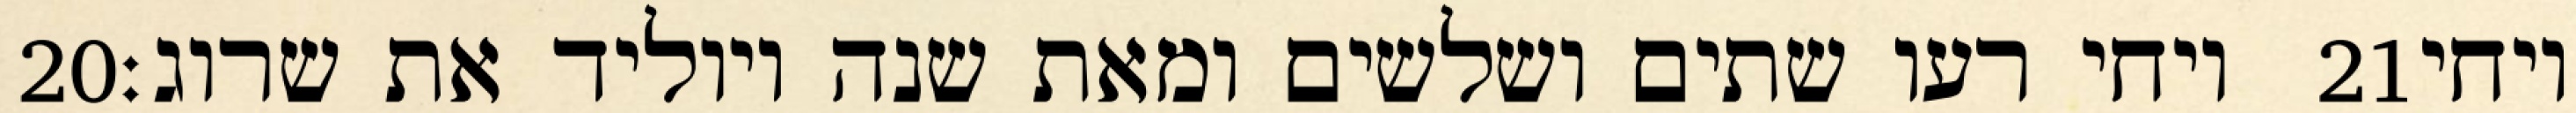
‎20‏ ויחי רעו שתים ושלשים ומאת שנה ויוליד את שרוג׃ ‎21‏ ויחי